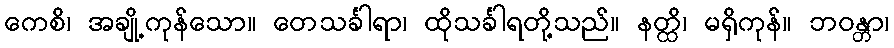
ကေစိ၊ အချို့ကုန်သော။ တေသင်္ခါရာ၊ ထိုသင်္ခါရတို့သည်။ နတ္ထိ၊ မရှိကုန်။ ဘဝန္တာ၊